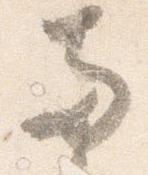
両